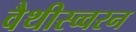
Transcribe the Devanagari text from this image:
वैथीस्व्वरन